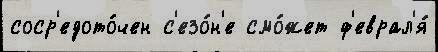
соср'едото́чен с'езо́н'е смо́жет ф'еврал'я́